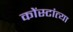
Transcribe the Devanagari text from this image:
कोंस्टांत्या